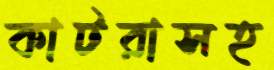
কাটরাসহ